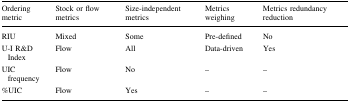
<table><thead><tr><td><b>Ordering metric</b></td><td><b>Stock or flow metrics</b></td><td><b>Size-independent metrics</b></td><td><b>Metrics weighing</b></td><td><b>Metrics redundancy reduction</b></td></tr></thead><tbody><tr><td>RIU</td><td>Mixed</td><td>Some</td><td>Pre-defined</td><td>No</td></tr><tr><td>U-I R&amp;D Index</td><td>Flow</td><td>All</td><td>Data-driven</td><td>Yes</td></tr><tr><td>UIC frequency</td><td>Flow</td><td>No</td><td>–</td><td>–</td></tr><tr><td>%UIC</td><td>Flow</td><td>Yes</td><td>–</td><td>–</td></tr></tbody></table>